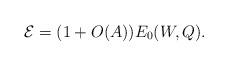
LaTeX: \begin{align*}\mathcal{E}=(1+O(A))E_{0}(W, Q).\end{align*}